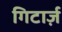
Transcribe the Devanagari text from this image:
गिटार्ज़